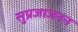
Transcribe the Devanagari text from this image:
सुप्रजाजनन